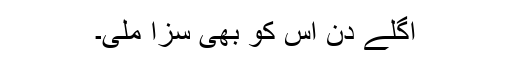
اگلے دن اس کو بھی سزا ملی۔